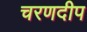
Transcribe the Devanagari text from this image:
चरणदीप